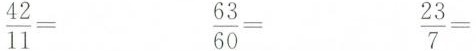
$$\frac{42}{11}=$$ $$\frac{63}{60}=$$ $$\frac{23}{7}=$$